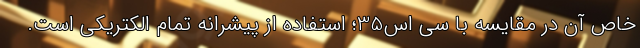
خاص آن در مقایسه با سی اس35؛ استفاده از پیشرانه تمام الکتریکی است.